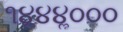
૧૪ૢ૪૪ૢ૦૦૦